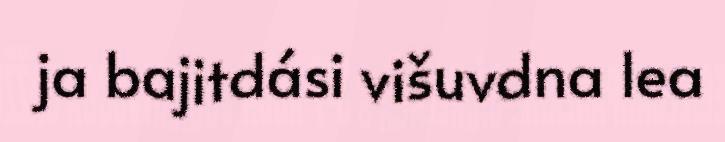
ja bajitdási višuvdna lea